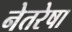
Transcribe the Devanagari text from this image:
नेतरेषा